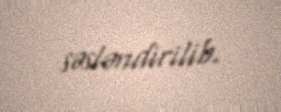
səsləndirilib.